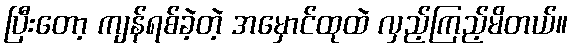
ပြီးတော့ ကျန်ရစ်ခဲ့တဲ့ အမှောင်ထုထဲ လှည့်ကြည့်မိတယ်။